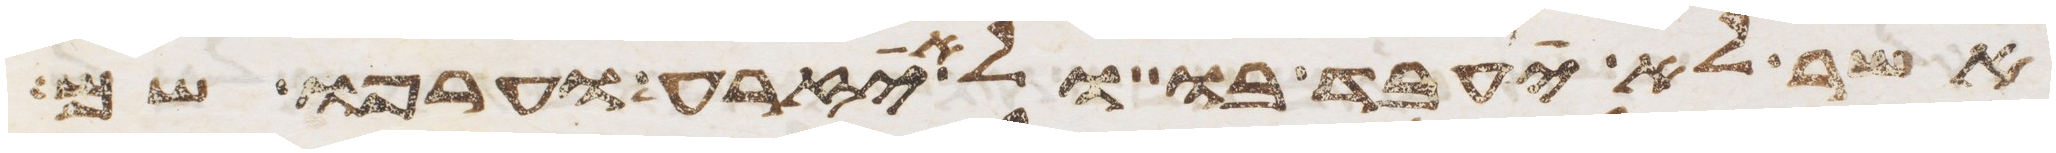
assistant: אשר לא יעבד בו ולא יזרע וערפו שם